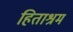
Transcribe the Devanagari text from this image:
हिताश्रम